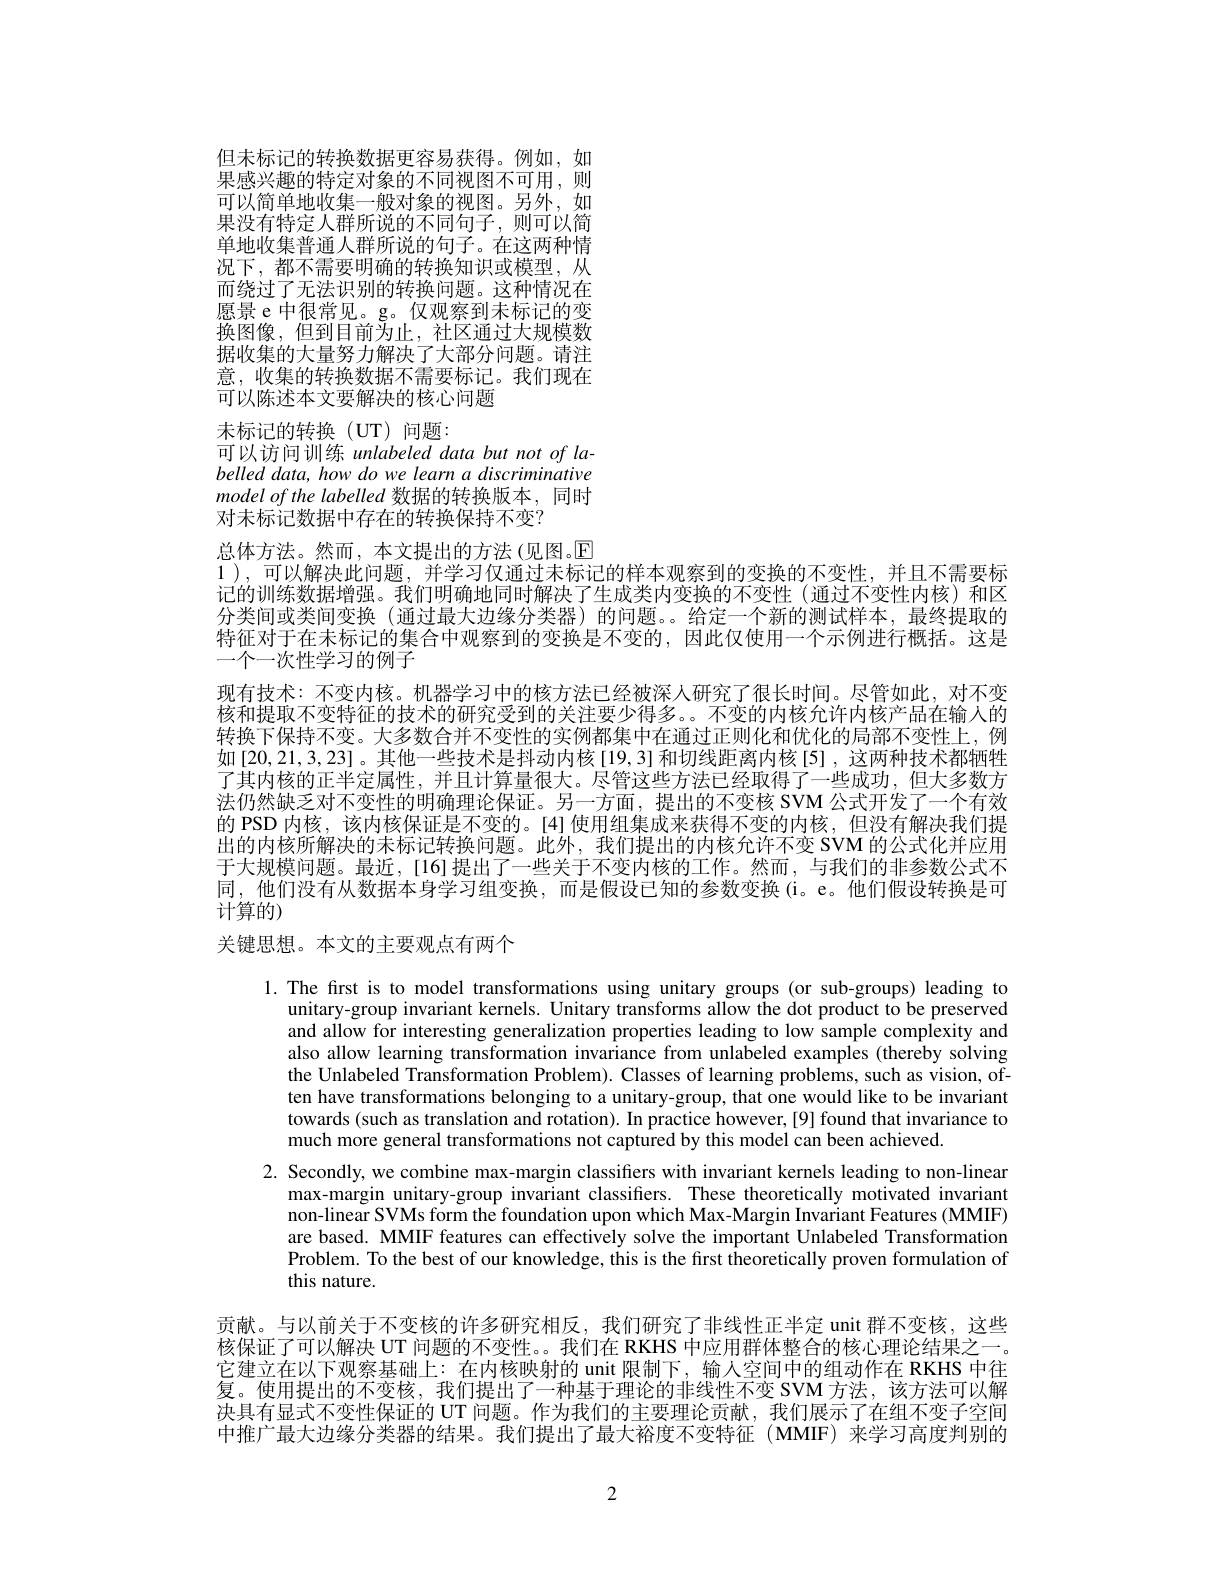
但未标记的转换数据更容易获得。例如，如果感兴趣的特定对象的不同视图不可用，则可以简单地收集一般对象的视图。另外，如果没有特定人群所说的不同句子，则可以简单地收集普通人群所说的句子。在这两种情况下，都不需要明确的转换知识或模型，从而绕过了无法识别的转换问题。这种情况在愿景 e 中很常见。g。仅观察到未标记的变换图像，但到目前为止，社区通过大规模数据收集的大量努力解决了大部分问题。请注意，收集的转换数据不需要标记。我们现在可以陈述本文要解决的核心问题

末标记的转换(UT)问题：
可以访问训练 unlabeled data but not of labelled data, how do we learn a discriminative model of the labelled 数据的转换版本，同时对未标记数据中存在的转换保持不变？

总体方法。然而，本文提出的方法(见图。$\mathbb{E}$
1 ),可以解决此问题，并学习仅通过未标记的样本观察到的变换的不变性，并且不需要标记的训练数据增强。我们明确地同时解决了生成类内变换的不变性 (通过不变性内核)和区分类间或类间变换(通过最大边缘分类器)的问题。。给定一个新的测试样本，最终提取的特征对于在未标记的集合中观察到的变换是不变的，因此仅使用一个示例进行概括。这是一个一次性学习的例子
现有技术：不变内核。机器学习中的核方法已经被深人研究了很长时间。尽管如此，对不变核和提取不变特征的技术的研究受到的关注要少得多。不变的内核允许内核产品在输人的转换下保持不变。大多数合并不变性的实例都集中在通过正则化和优化的局部不变性上，例如[20,21,3,23]。其他一些技术是抖动内核[19,3]和切线距离内核[5],这两种技术都牺牲了其内核的正半定属性，并且计算量很大。尽管这些方法已经取得了一些成功，但大多数方法仍然缺乏对不变性的明确理论保证。另一方面，提出的不变核 SVM 公式开发了一个有效的 PSD 内核，该内核保证是不变的。[4] 使用组集成来获得不变的内核，但没有解决我们提出的内核所解决的未标记转换问题。此外，我们提出的内核允许不变 SVM 的公式化并应用于大规模问题。最近，[16]提出了一些关于不变内核的工作。然而，与我们的非参数公式不同，他们没有从数据本身学习组变换，而是假设已知的参数变换(i。e。他们假设转换是可计算的)

关键思想。本文的主要观点有两个

l. The first is to model transformations using unitary groups (or sub-groups) leading to
unitary-group invariant kernels. Unitary transforms allow the dot product to be preserved and allow for interesting generalization properties leading to low sample complexity and also allow learning transformation invariance from unlabeled examples (thereby solving the Unlabeled Transformation Problem). Classes of learning problems, such as vision, often have transformations belonging to a unitary-group, that one would like to be invariant towards (such as translation and rotation). In practice however,[9] found that invariance to much more general transformations not captured by this model can been achieved.
2. Secondly, we combine max-margin classifiers with invariant kernels leading to non-linear
max-margin unitary-group invariant classifiers. These theoretically motivated invariant non-linear SVMs form the foundation upon which Max-Margin Invariant Features (MMIF) are based. MMIF features can effectively solve the important Unlabeled Transformation Problem. To the best of our knowledge, this is the first theoretically proven formulation of this nature.

贡献。与以前关于不变核的许多研究相反，我们研究了非线性正半定 unit 群不变核，这些核保证了可以解决 UT 问题的不变性。。我们在 RKHS 中应用群体整合的核心理论结果之一。它建立在以下观察基础上：在内核映射的 unit 限制下，输人空间中的组动作在 RKHS 中往复。使用提出的不变核，我们提出了一种基于理论的非线性不变 SVM 方法，该方法可以解决具有显式不变性保证的 UT 问题。作为我们的主要理论贡献，我们展示了在组不变子空间中推广最大边缘分类器的结果。我们提出了最大裕度不变特征(MMIF) 来学习高度判别的

2